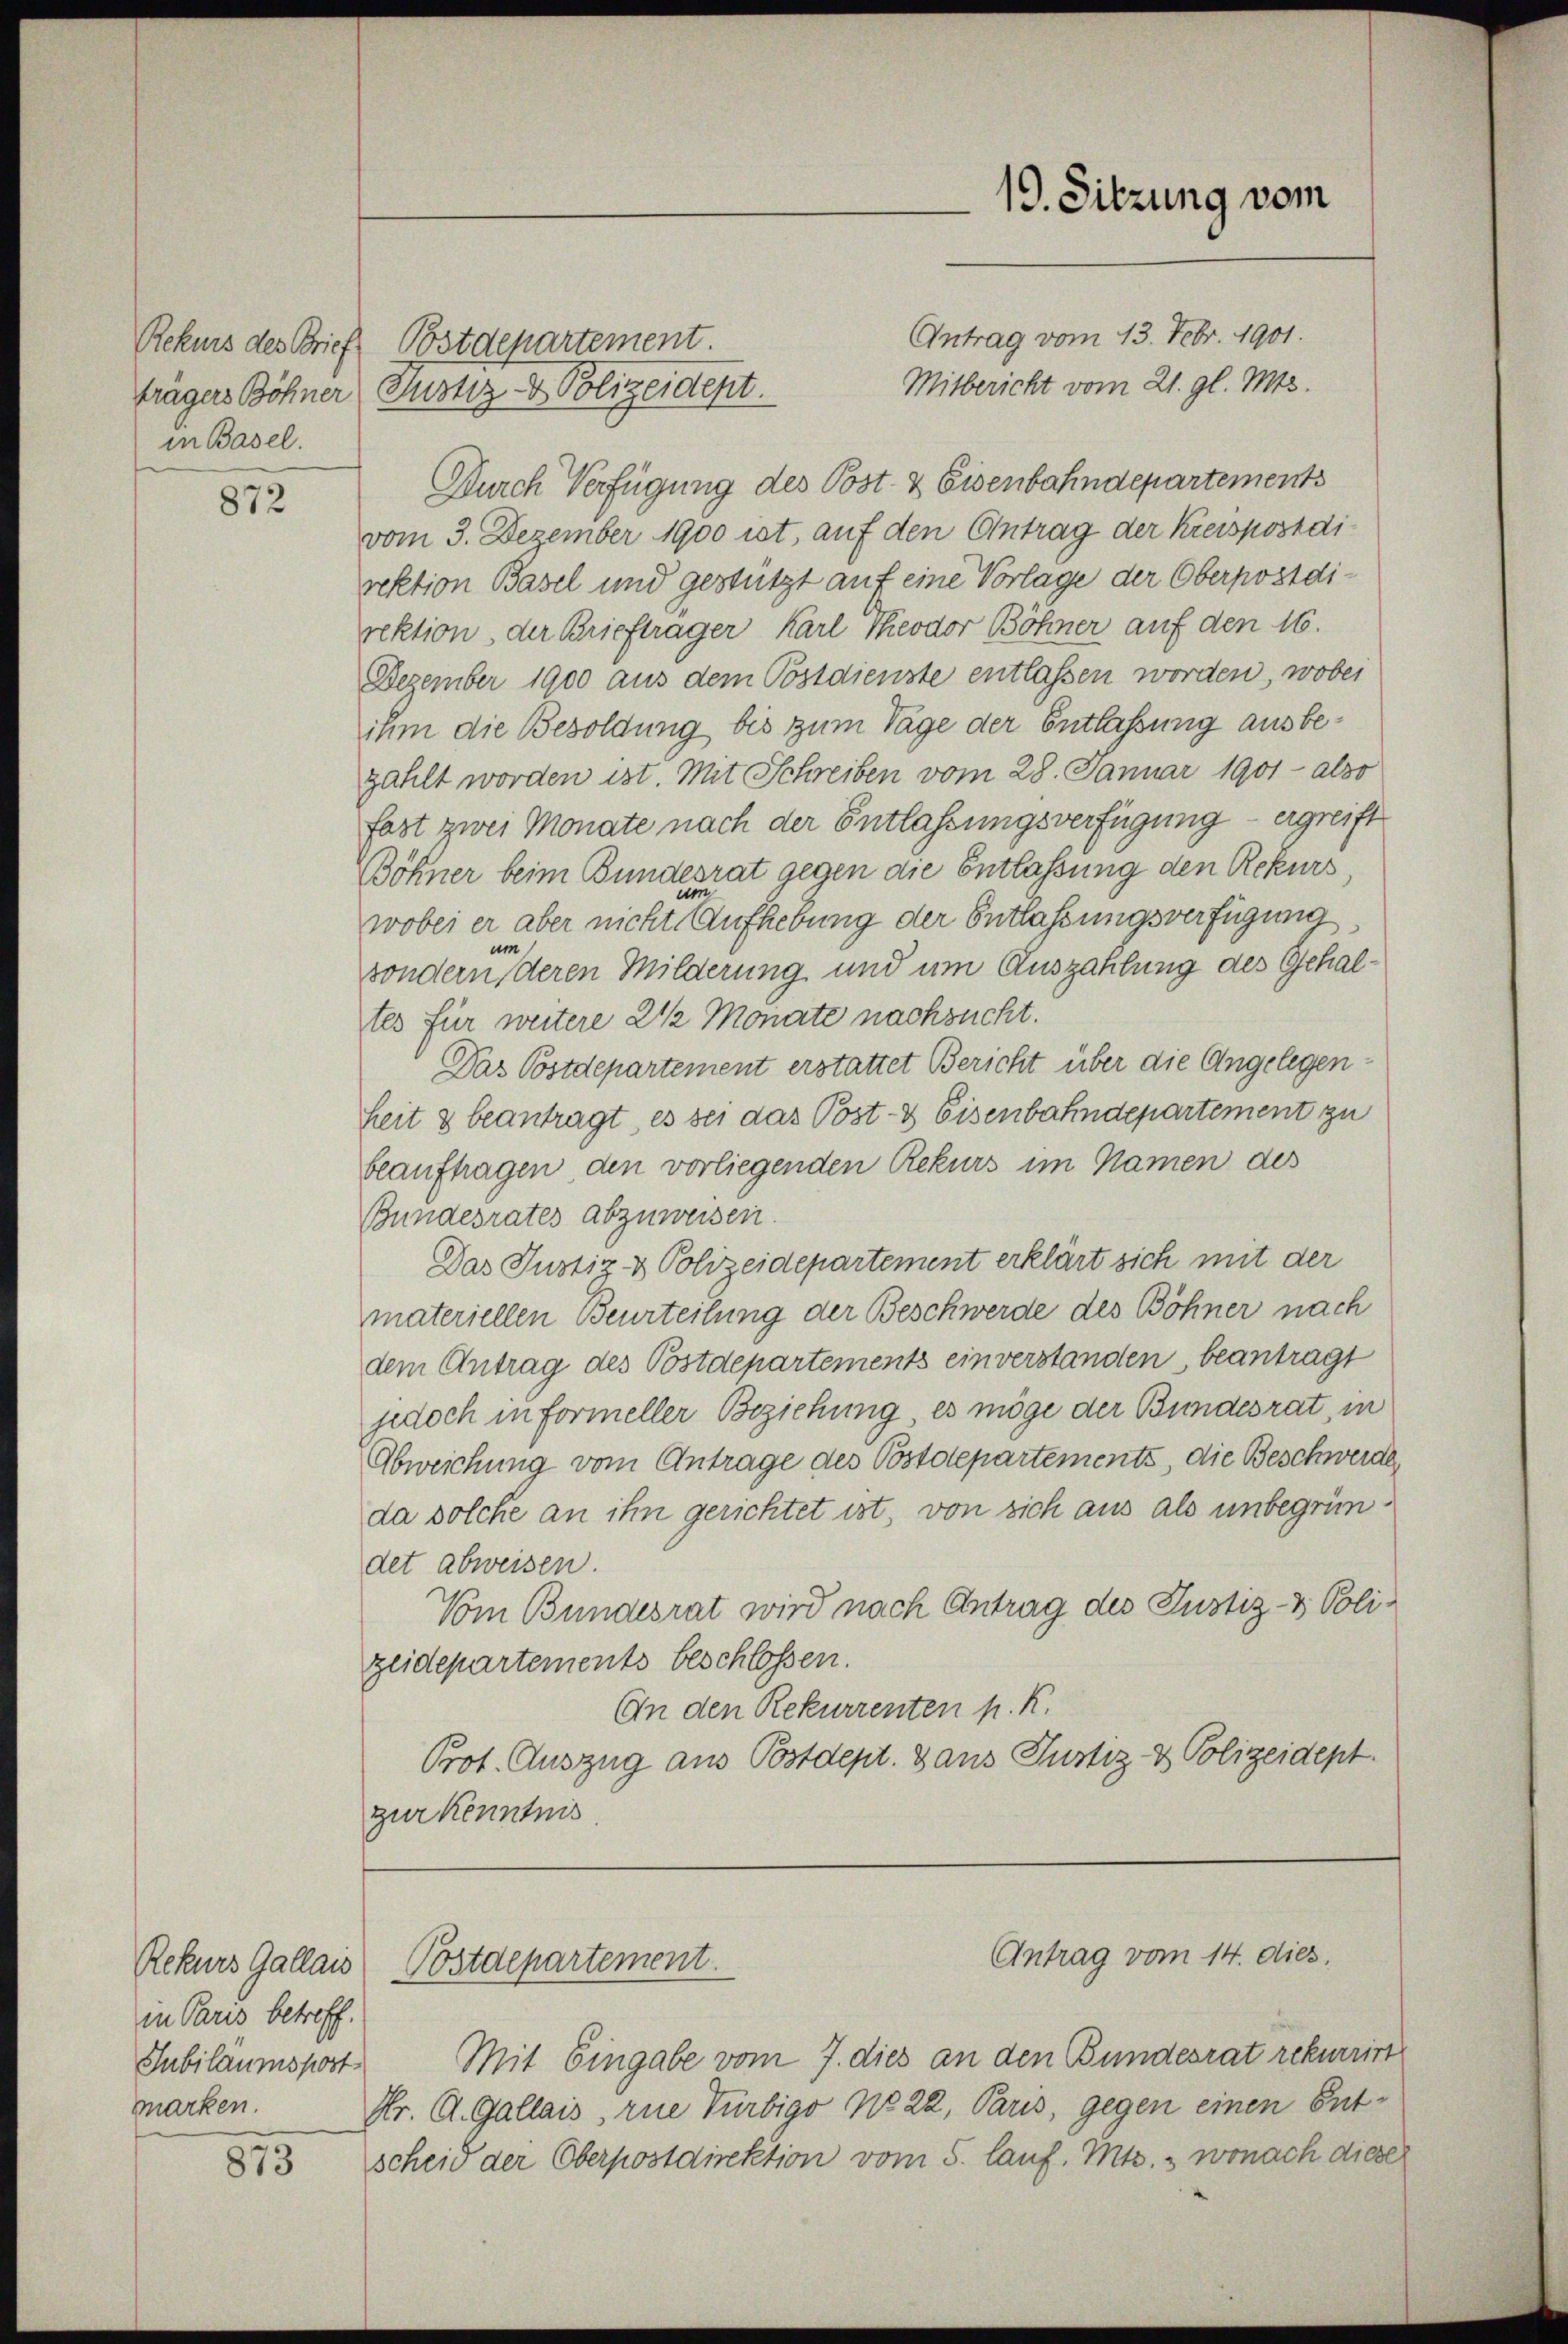
in Basel.

872

Rekurs Gallais
in Paris betreff.
Jubilaums post
marken.

873

Antrag vom 13. Febr. 1901.
Rekurs des Brief Postdepartement
Mitbericht vom 21. gl. Mts.
trägers Böhner Justiz- & Polizeidept.
Durch Verfügung des Post- & Eisenbahndepartements
vom 3. Dezember 1900 ist, auf den Antrag der Kreispostdirektion Basel und gestützt auf eine Vorlage der Oberpostdirektion, der Briefträger Karl Theodor Böhner auf den 16.
Dezember 1900 aus dem Postdienste entlassen worden, wobei
ihm die Besoldung bis zum Tage der Entlaßung ausbezahlt worden ist. Mit Schreiben vom 28. Januar 1901 - also
fast zwei Monate nach der Entlassungsverfügung – ergreift
Böhner beim Bundesrat gegen die Entlassung den Rekurs
wobei er aber nicht aufhebung der Entlaßungsverfügung
sondern deren Milderung und um Auszahlung des Gehaltes für weitere 2 ½ Monate nachsucht.
Das Postdepartement erstattet Bericht über die Angelegenheit & beantragt, es sei das Post- & Eisenbahndepartement zu
beauftragen, den vorliegenden Rekurs im Namen des
Bundesrates abzuweisen.
Das Justiz- & Polizeidepartement erklärt sich mit der
materiellen Beurteilung der Beschwerde des Böhner nach
dem Antrag des Postdepartements einverstanden, beantragt
jedoch in Formeller Beziehung es möge der Bundesrat, in
Abweichung vom Antrage des Postolepartements, die Beschwerden
da solche an ihn gerichtet ist, von sich aus als unbegründet abweisen.
Vom Bundesrat wird nach Antrag des Justiz- & Polizeidepartements beschlossen.
An den Rekurrenten p. K.
Prot. Auszug aus Postdept. Dans Justiz- & Polizeidept.
zur Kenntnis

Mit Eingabe vom 7. dies an den Bundesrat rekurrirt
Hr. A. Gallais, rue Türbigo No 22, Paris, gegen einen Entscheid der Oberpostdirektion vom 5. lauf. Mts., wonach diese

Postdepartement.

19. Sitzung vom

Antrag vom 14. dies